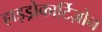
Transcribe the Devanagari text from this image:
हाइड्रोकार्टिज़ोन